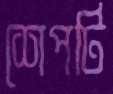
শেপটি